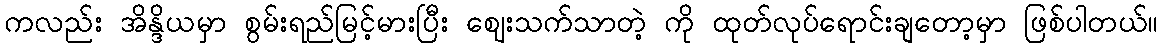
ကလည်း အိန္ဒိယမှာ စွမ်းရည်မြင့်မားပြီး ဈေးသက်သာတဲ့ ကို ထုတ်လုပ်ရောင်းချတော့မှာ ဖြစ်ပါတယ်။